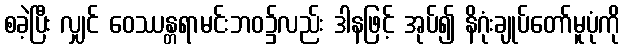
စခဲ့ပြီး လျှင် ဝေဿန္တရာမင်းဘဝ၌လည်း ဒါနဖြင့် အုပ်၍ နိဂုံးချုပ်တော်မူပုံကို